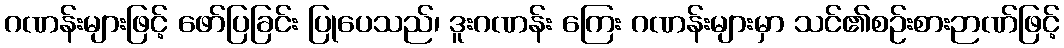
ဂဏန်းများဖြင့် ဖော်ပြခြင်း ပြုပေသည်၊ ဒူးဂဏန်း ကြေး ဂဏန်းများမှာ သင်၏စဉ်းစားဉာဏ်ဖြင့်